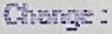
CHANGE :